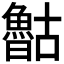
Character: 𰉈